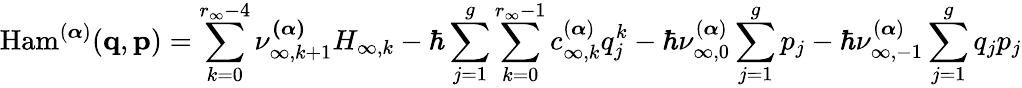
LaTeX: \mathrm{Ham}^{(\boldsymbol{\alpha})}(\mathbf{q},\mathbf{p})=\sum_{k=0}^{r_{\infty}-4}\nu_{\infty,k+1}^{\boldsymbol{(\alpha)}}H_{\infty,k}-\hbar\sum_{j=1}^{g}\sum_{k=0}^{r_{\infty}-1}c_{\infty,k}^{(\boldsymbol{\alpha})}q_{j}^{k}-\hbar\nu_{\infty,0}^{(\boldsymbol{\alpha})}\sum_{j=1}^{g}p_{j}-\hbar\nu_{\infty,-1}^{(\boldsymbol{\alpha})}\sum_{j=1}^{g}q_{j}p_{j}